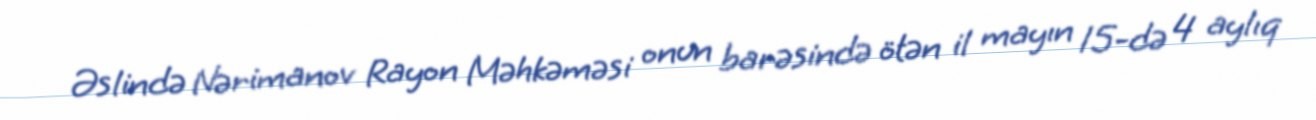
Əslində Nərimanov Rayon Məhkəməsi onun barəsində ötən il mayın 15-də 4 aylıq